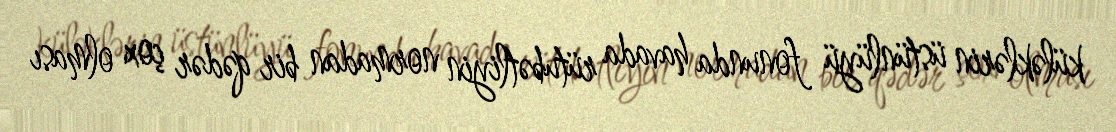
küləklərin üstünlüyü fonunda havada rütubətliyin normadan bir qədər çox olması